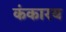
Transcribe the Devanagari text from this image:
कंकारय